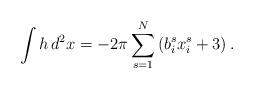
LaTeX: \begin{align*}\int h \, d^{2}x=-2\pi\sum_{s=1}^{N}\left( b_{i}^{s}x_{i}^{s}+3 \right).\end{align*}